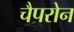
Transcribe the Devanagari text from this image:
चैपरोन